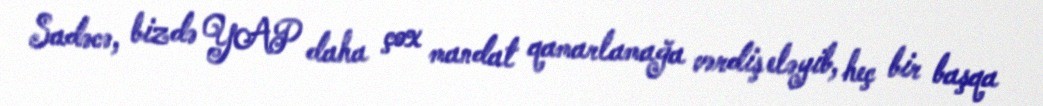
Sadəcə, bizdə YAP daha çox mandat qamarlamağa vərdiş eləyib, heç bir başqa